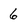
Character: 6